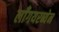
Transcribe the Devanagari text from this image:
लाँगयरब्येन